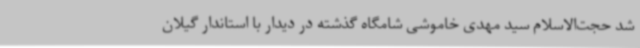
شد حجت‌الاسلام سید مهدی خاموشی شامگاه گذشته در دیدار با استاندار گیلان